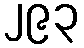
၂၉၃